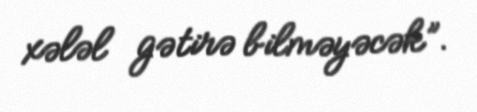
xələl gətirə bilməyəcək”.